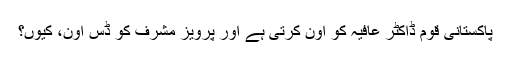
پاکستانی قوم ڈاکٹر عافیہ کو اون کرتی ہے اور پرویز مشرف کو ڈس اون، کیوں؟